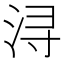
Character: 浔